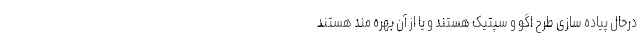
درحال پیاده سازی طرح اگو و سپتیک هستند و یا از آن بهره مند هستند